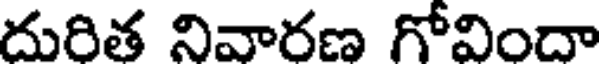
దురిత నివారణ గోవిందా